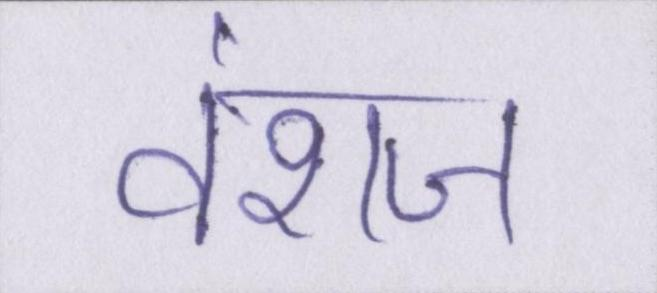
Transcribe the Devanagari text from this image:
वंशज